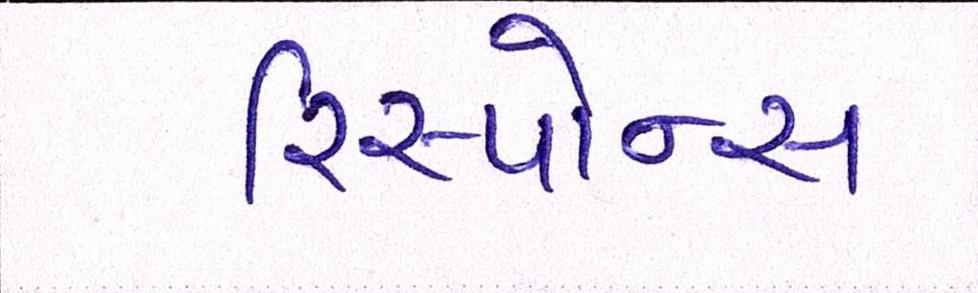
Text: રિસ્પોન્સ